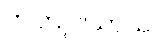
တတြူပါယာယ